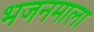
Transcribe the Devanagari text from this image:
भजनमाला